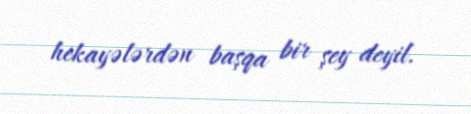
hekayələrdən başqa bir şey deyil.